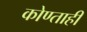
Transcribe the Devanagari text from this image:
कोण्ताही